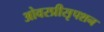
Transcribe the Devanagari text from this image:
ओवरप्रीसृपशन